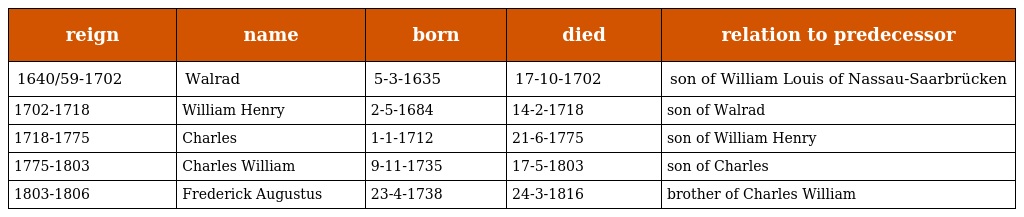
| reign | name | born | died | relation to predecessor |
 | --- | --- | --- | --- | --- |
 | 1640/59-1702 | Walrad | 5-3-1635 | 17-10-1702 | son of William Louis of Nassau-Saarbrücken |
 | 1702-1718 | William Henry | 2-5-1684 | 14-2-1718 | son of Walrad |
 | 1718-1775 | Charles | 1-1-1712 | 21-6-1775 | son of William Henry |
 | 1775-1803 | Charles William | 9-11-1735 | 17-5-1803 | son of Charles |
 | 1803-1806 | Frederick Augustus | 23-4-1738 | 24-3-1816 | brother of Charles William |